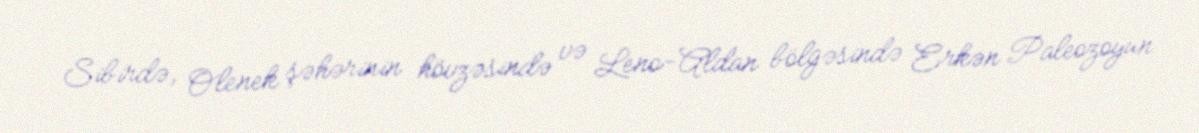
Sibirdə, Olenek şəhərinin hövzəsində və Leno-Aldan bölgəsində Erkən Paleozoyun